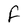
Character: f